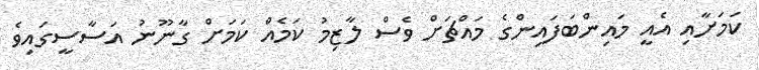
ކަމަށާއި އެއީ މައިންބަފައިންގެ މައްޗަށް ވެސް ލާޒިމު ކަމެއް ކަމަށް ގާނޫނު އަސާސީގައިވެ